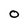
Character: O